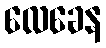
လေခေန